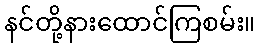
နင်တို့နားထောင်ကြစမ်း။